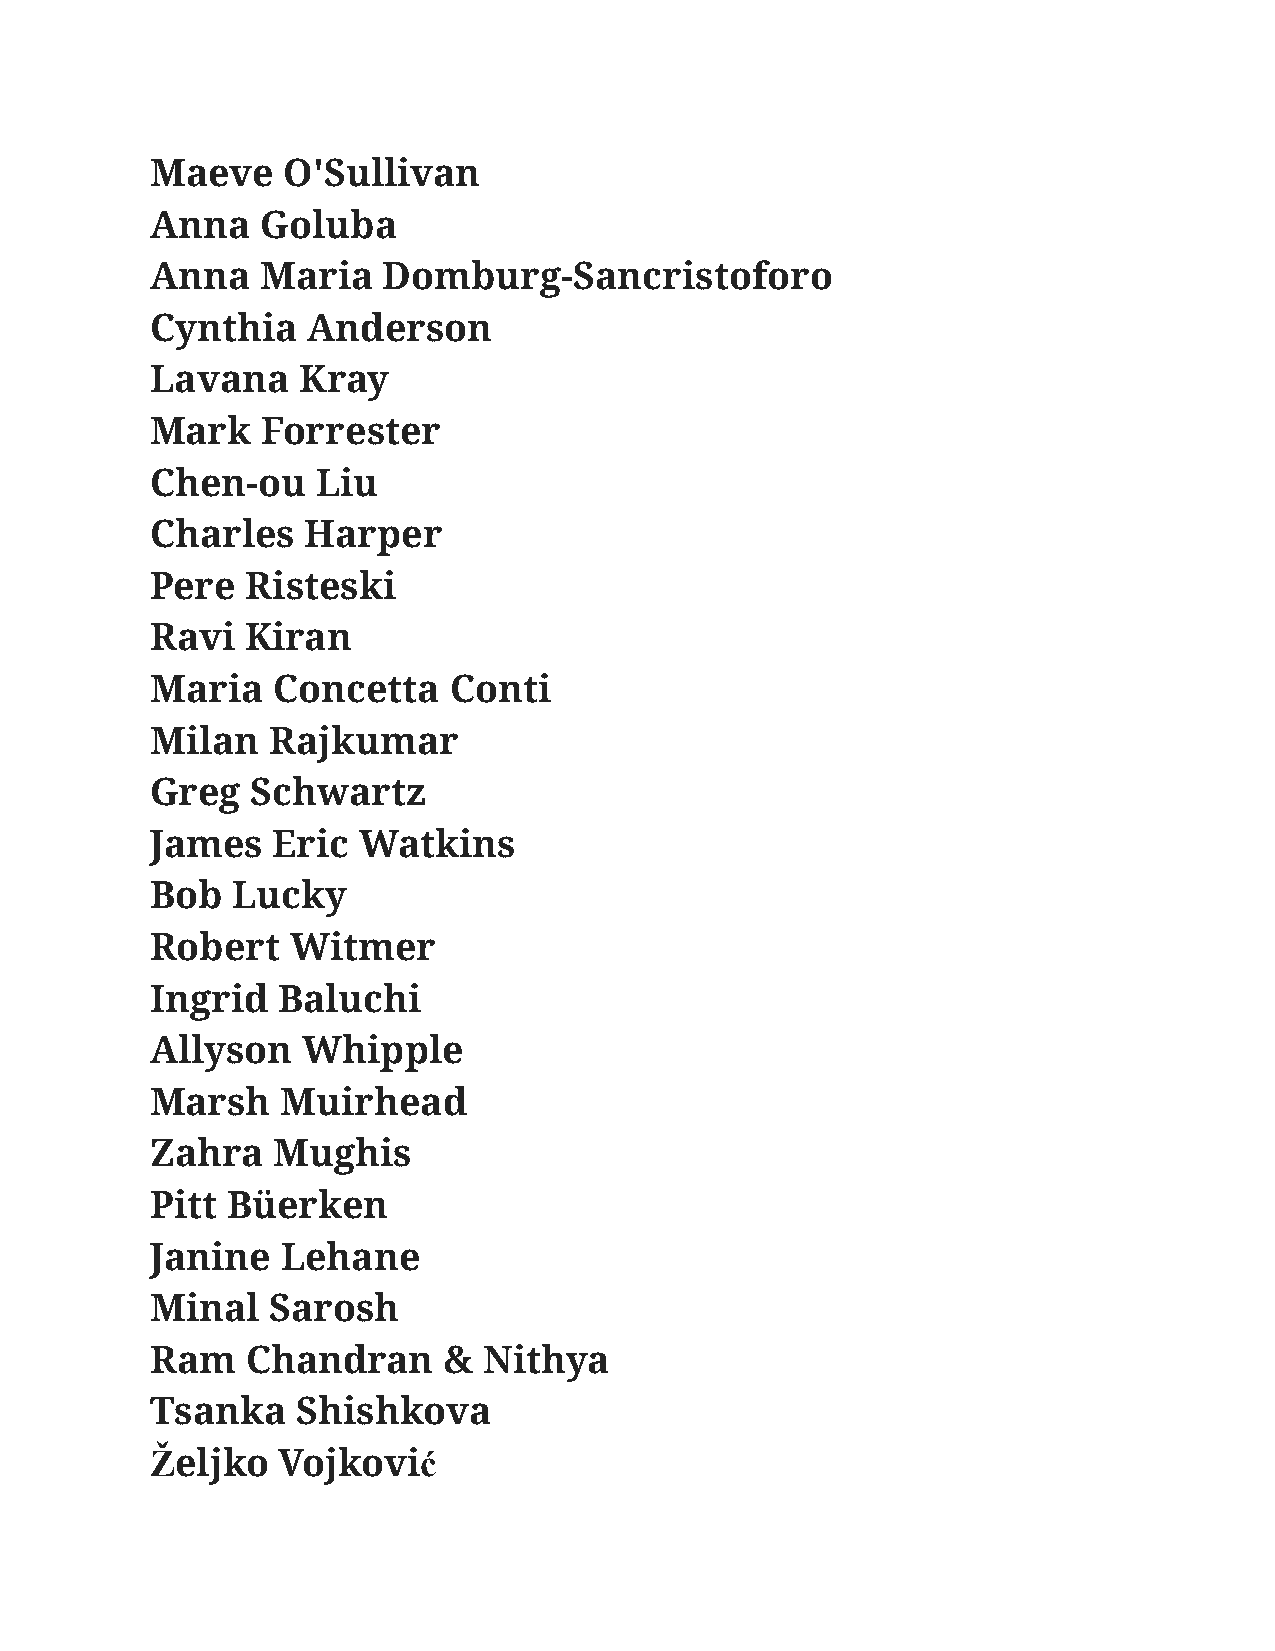
Maeve    O'Sullivan
 Anna   Goluba
 Anna   Maria   Domburg-Sancristoforo
 Cynthia   Anderson
 Lavana    Kray
 Mark   Forrester
 Chen-ou    Liu
 Charles   Harper
 Pere  Risteski
 Ravi  Kiran
 Maria   Concetta    Conti
 Milan   Rajkumar
 Greg   Schwartz
 James   Eric  Watkins
 Bob  Lucky
 Robert   Witmer
 Ingrid  Baluchi
 Allyson   Whipple
 Marsh    Muirhead
 Zahra   Mughis
 Pitt Büerken
 Janine   Lehane
 Minal   Sarosh
 Ram   Chandran     &  Nithya
 Tsanka    Shishkova
 Željko  Vojković